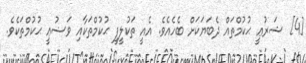
[4]  ޝަރުޢީ ޙުކުމްތައް ދެބަޔަކަށް ބެހެއެވެ. އެއީ ތަކުލީފީ ޙުކުމްތަކާއި ވަޟުޢީ ޙުކުމްތަކެވެ.